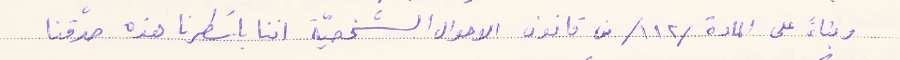
وبناءً على المادة /١١٢/ من قانون الاحوال الشخصيّة اننا باسَطرنا هذه صدّقنا